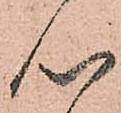
心